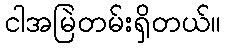
ငါအမြဲတမ်းရှိတယ်။